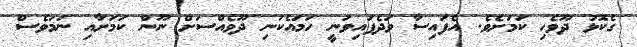
ގެކޮޅު ދޫވެހި ކަމަށެވެ. އެފައިސާ ވަދެފައިވަނީ ހަމައެކަނި ދޫވެއްސަށް ނޫން ކަމަށާއި ނަމަވެސް